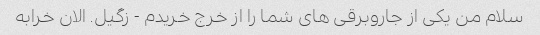
سلام من یکی از جاروبرقی های شما را از خرج خریدم - زگیل. الان خرابه